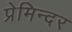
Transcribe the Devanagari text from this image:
प्रेमिन्दर